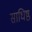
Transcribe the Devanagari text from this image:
साधिष्ठं